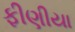
ફીણીયા